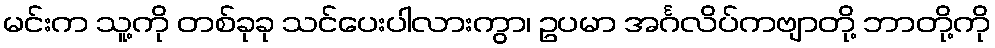
မင်းက သူ့ကို တစ်ခုခု သင်ပေးပါလားကွာ၊ ဥပမာ အင်္ဂလိပ်ကဗျာတို့ ဘာတို့ကို